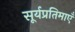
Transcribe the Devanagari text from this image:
सूर्यप्रतिमाएँ